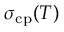
\sigma _ { \mathrm { c p } } ( T )